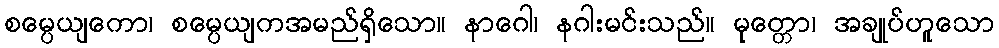
စမ္ပေယျကော၊ စမ္ပေယျကအမည်ရှိသော။ နာဂေါ၊ နဂါးမင်းသည်။ မုတ္တော၊ အချုပ်ဟူသော